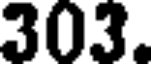
303.